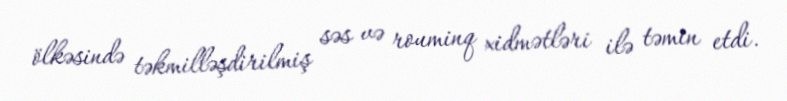
ölkəsində təkmilləşdirilmiş səs və rouminq xidmətləri ilə təmin etdi.